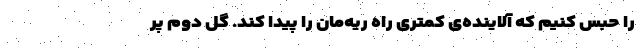
را حبس کنیم که آلاینده‌ی کمتری راه ریه‌مان را پیدا کند. گل دوم پر